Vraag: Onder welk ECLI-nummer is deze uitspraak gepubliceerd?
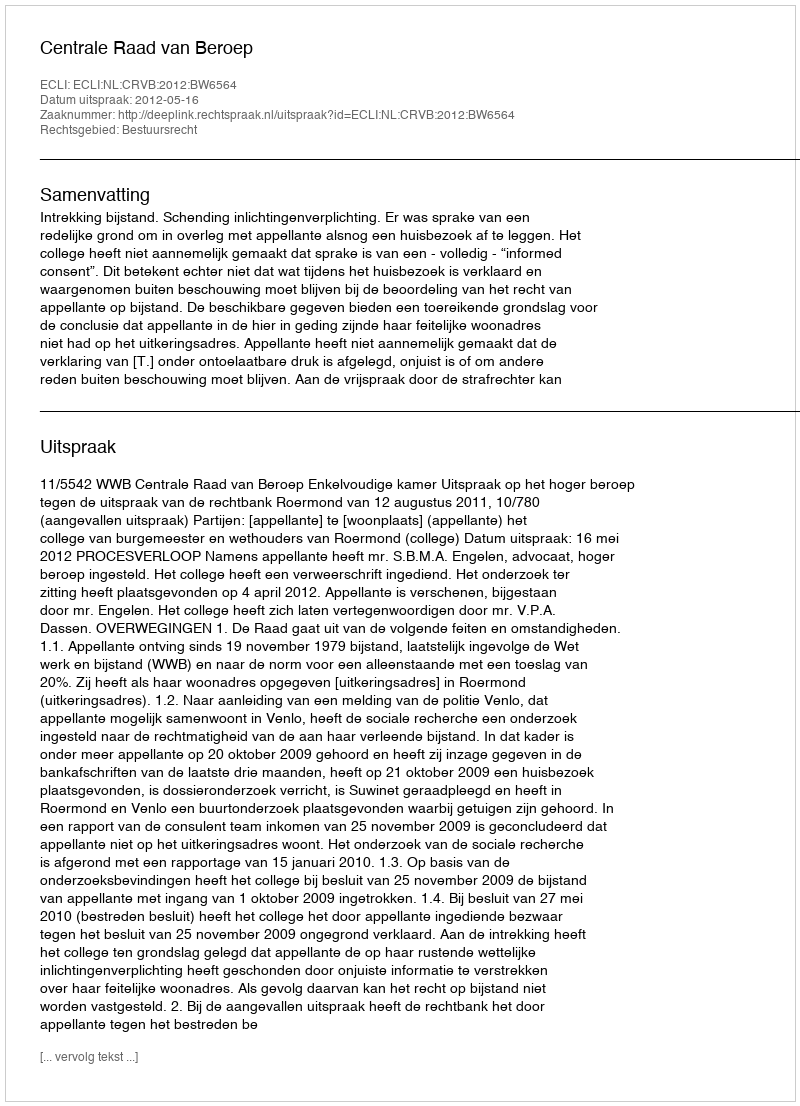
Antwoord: ECLI:NL:CRVB:2012:BW6564